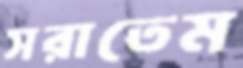
সরাতেম